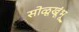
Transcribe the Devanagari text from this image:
सोळूखूंभू